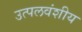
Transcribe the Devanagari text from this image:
उत्पलवंशीय